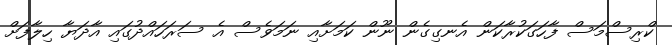
ކްރިސްމަސް ފާހަގަކުރާކަން އެނގިގެން ނޫން ކަމަށާއި ނަމަވެސް އެ ސަރަހައްދުގައި އާދަޔާ ހިލާފަށް